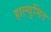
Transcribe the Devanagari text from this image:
हाल्युमित